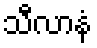
သီလာနံ